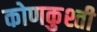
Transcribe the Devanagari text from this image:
कोणकुश्ती